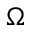
\boldsymbol { \Omega }